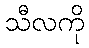
သီလကို